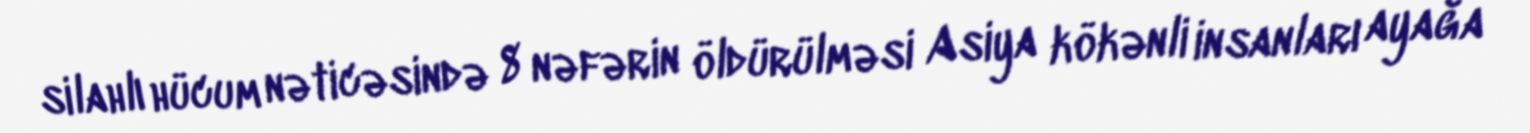
silahlı hücum nəticəsində 8 nəfərin öldürülməsi Asiya kökənli insanları ayağa